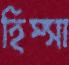
হিস্‌সা